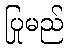
ပြုမည်